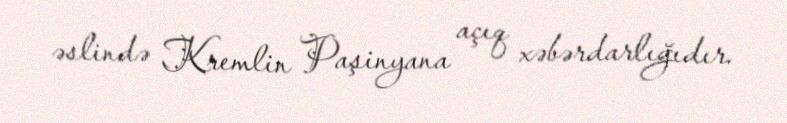
əslində Kremlin Paşinyana açıq xəbərdarlığıdır.